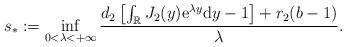
LaTeX: \begin{align*}s_{*}:=\inf _{0<\lambda<+\infty} \frac{d_{2}\left[\int_{\mathbb{R}} J_{2}(y) \mathrm{e}^{\lambda y} \mathrm{d} y-1\right]+r_2(b-1)}{\lambda}.\end{align*}